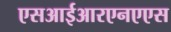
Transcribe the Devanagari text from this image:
एसआईआरएनएएस